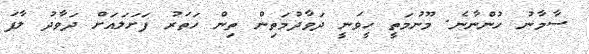
ސާމާނު ހުންނާނެ. މޫނުމަތީ ހީވަނީ ދަވާދުމަތިން ތިން ހަތަރު ފަށަލައަށް ދަވާދު ލާފަ